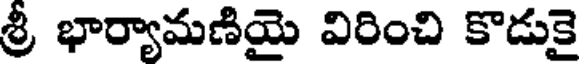
శ్రీ భార్యామణియై విరించి కొడుకై